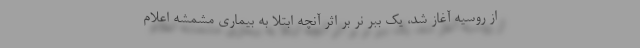
از روسیه آغاز شد، یک ببر نر بر اثر آنچه ابتلا به بیماری مشمشه اعلام